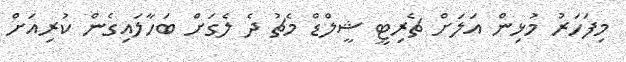
މިފަހަރު މުޅިން އަލަށް ޗެރިޓީ ޝީލްޑް މެޗު ދެ ލެގަށް ބަހާލައިގެން ކުރިއަށް